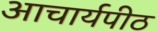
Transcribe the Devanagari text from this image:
अाचार्यपीठ